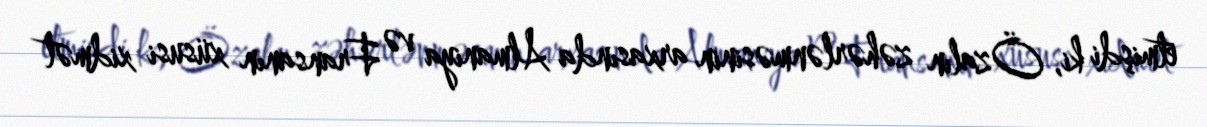
etmişdi ki, Özalın zəhərlənməsinin arxasında Almaniya və Fransanın xüsusi xidmət